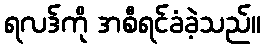
ရလဒ်ကို အစီရင်ခံခဲ့သည်။